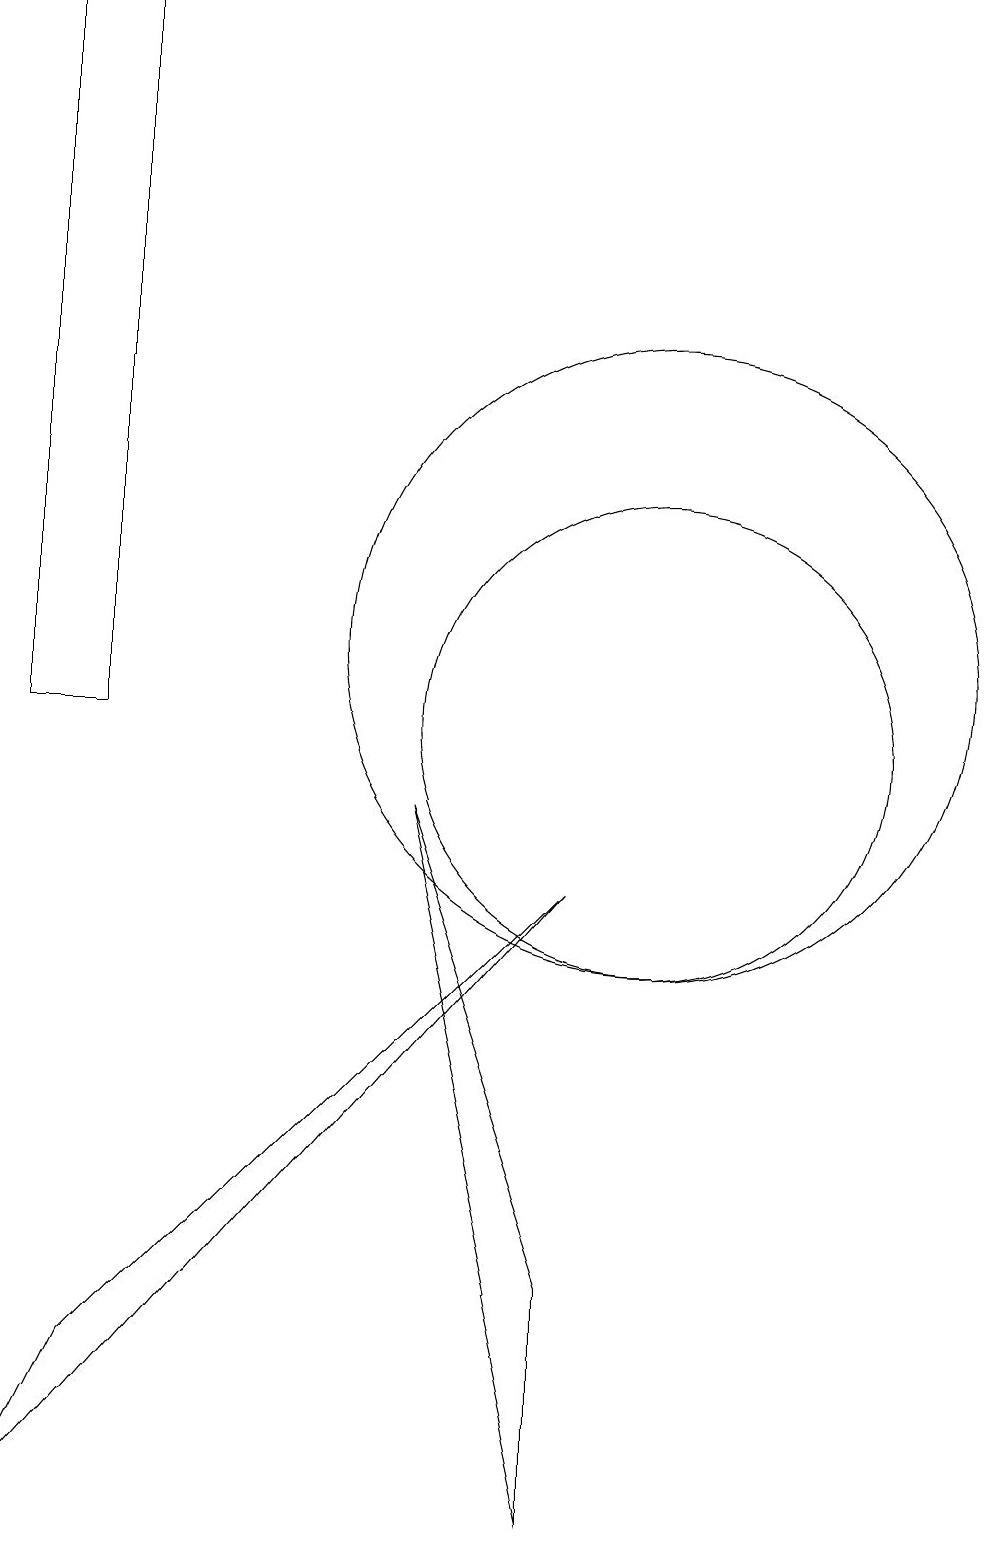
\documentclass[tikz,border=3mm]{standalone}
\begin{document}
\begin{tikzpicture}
\draw (9,0) -- (7,9) -- (9,3) -- cycle;
\draw (3,19) rectangle (2,10);
\draw (10,10) circle (3);
\draw (9,8) -- (2,0) -- (3,2) -- cycle;
\draw (10,11) circle (4);
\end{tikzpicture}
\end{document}